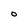
Character: O